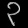
Digit: ၃